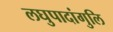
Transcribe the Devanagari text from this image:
लघुपादांगुलि